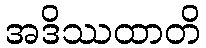
အဒိဿထာတိ